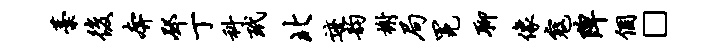
藁后奔邳丁科玳北迹韵榭局冕聊像寇陴个□